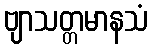
ဗျာသတ္တမာနသံ